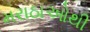
મરાઠાઓથી